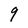
Character: 9